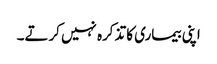
اپنی بیماری کا تذکرہ نہیں کرتے۔